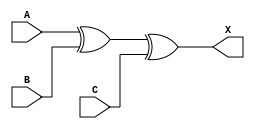
/*
 * Copyright 2020 The SkyWater PDK Authors
 *
 * Licensed under the Apache License, Version 2.0 (the "License");
 * you may not use this file except in compliance with the License.
 * You may obtain a copy of the License at
 *
 *     https://www.apache.org/licenses/LICENSE-2.0
 *
 * Unless required by applicable law or agreed to in writing, software
 * distributed under the License is distributed on an "AS IS" BASIS,
 * WITHOUT WARRANTIES OR CONDITIONS OF ANY KIND, either express or implied.
 * See the License for the specific language governing permissions and
 * limitations under the License.
 *
 * SPDX-License-Identifier: Apache-2.0
*/


`ifndef SKY130_FD_SC_HD__XOR3_FUNCTIONAL_V
`define SKY130_FD_SC_HD__XOR3_FUNCTIONAL_V

/**
 * xor3: 3-input exclusive OR.
 *
 *       X = A ^ B ^ C
 *
 * Verilog simulation functional model.
 */

`timescale 1ns / 1ps
`default_nettype none

`celldefine
module sky130_fd_sc_hd__xor3 (
    X,
    A,
    B,
    C
);

    // Module ports
    output X;
    input  A;
    input  B;
    input  C;

    // Local signals
    wire xor0_out_X;

    //  Name  Output      Other arguments
    xor xor0 (xor0_out_X, A, B, C        );
    buf buf0 (X         , xor0_out_X     );

endmodule
`endcelldefine

`default_nettype wire
`endif  // SKY130_FD_SC_HD__XOR3_FUNCTIONAL_V